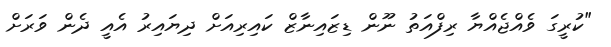
"ކުރީގަ ވެއްޖެއްޔާ ރިފްއަތު ނޫން ޑިޒައިނާޒް ކައިރިއަށް ދިޔައިރު އެއީ ދެން ވަރަށް